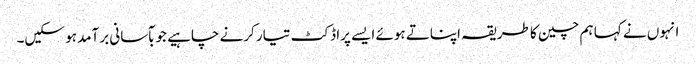
انہوں نے کہا ہم چین کا طریقہ اپناتے ہوئے ایسے پراڈکٹ تیار کرنے چاہیے جو بآسانی برآمد ہو سکیں۔